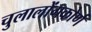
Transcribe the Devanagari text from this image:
चुलालोंगकोर्ण